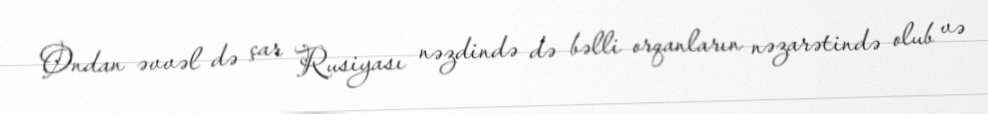
Ondan əvvəl də çar Rusiyası nəzdində də bəlli orqanların nəzarətində olub və